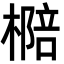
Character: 㯁